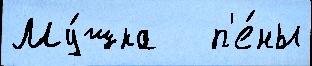
Му́шка   п'е́ны